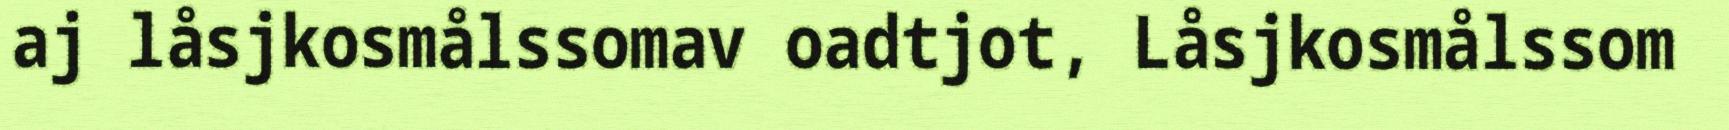
aj låsjkosmålssomav oadtjot, Låsjkosmålssom